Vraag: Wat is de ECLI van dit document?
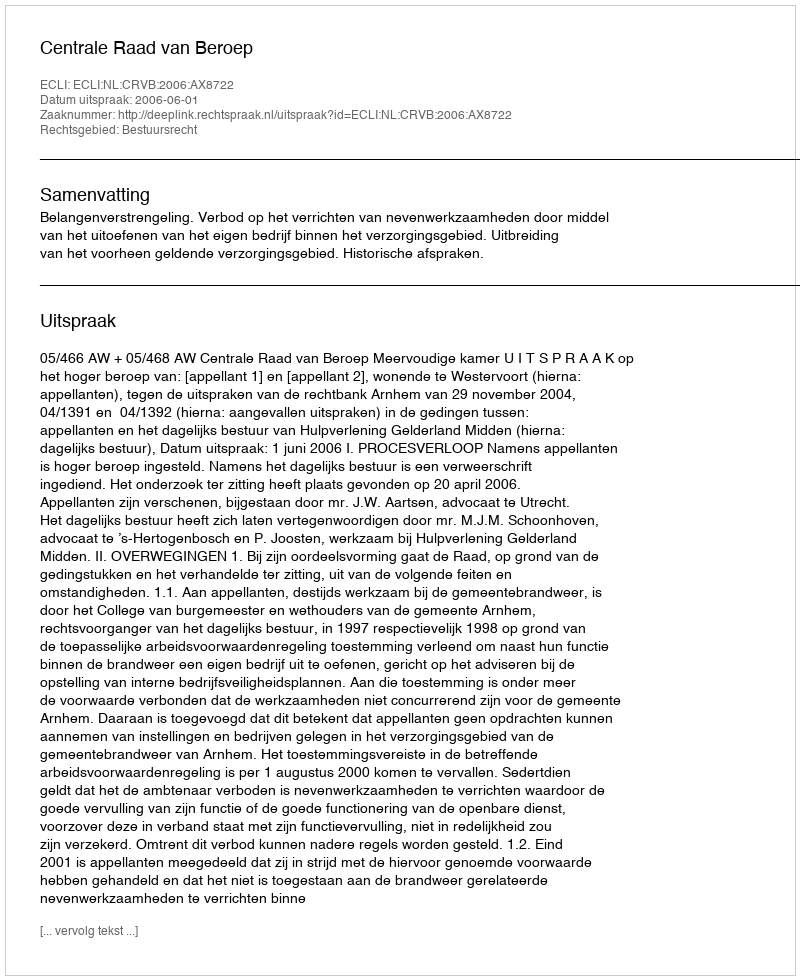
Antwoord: ECLI:NL:CRVB:2006:AX8722